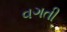
વગતી